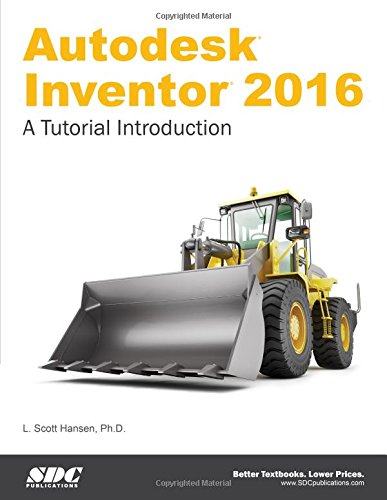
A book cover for Autodesk Inventor 2016 - A Tutorial Introduction; L. Scott Hansen; Arts & Photography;